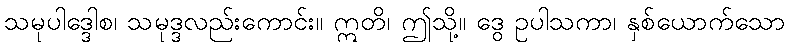
သမုပါဒ္ဒေါစ၊ သမုဒ္ဒလည်းကောင်း။ ဣတိ၊ ဤသို့။ ဒွေ ဥပါသကာ၊ နှစ်ယောက်သော